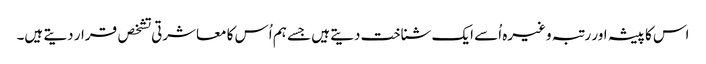
اس کا پیشہ اور رتبہ وغیرہ اُسے ایک شناخت دیتے ہیں جسے ہم اُس کا معاشرتی تشخص قرار دیتے ہیں۔